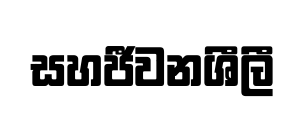
සහජීවනශීලී